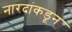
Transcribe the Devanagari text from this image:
नारदांकडून